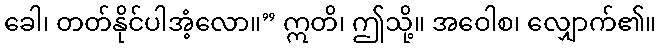
ခေါ၊ တတ်နိုင်ပါအံ့လော။” ဣတိ၊ ဤသို့။ အဝေါစ၊ လျှောက်၏။